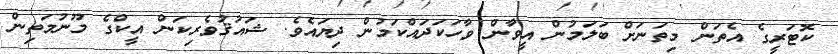
ކޮޓަރީގެ އެތަން މިތަނަށް ބަލަމުން އީވާން ވާހަކަދައްކަމުން ދިޔައެވެ. ޝައުޤުވެރިކަން އީކްގެ މޫނުމަތިން